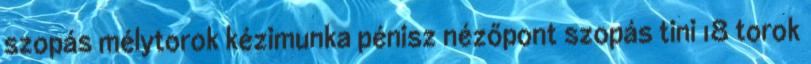
szopás mélytorok kézimunka pénisz nézőpont szopás tini 18 torok